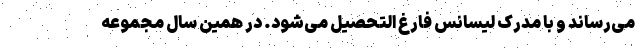
می‌رساند و با مدرک لیسانس فارغ التحصیل می‌شود. در همین سال مجموعه